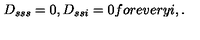
D _ { s s s } = 0 , D _ { s s i } = 0 f o r e v e r y i , .